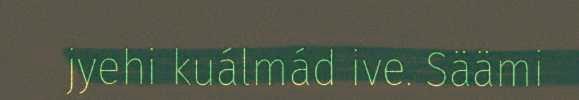
jyehi kuálmád ive. Säämi